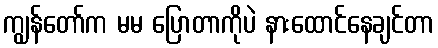
ကျွန်တော်က မမ ပြောတာကိုပဲ နားထောင်နေချင်တာ